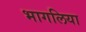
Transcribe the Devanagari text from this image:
भागलिया